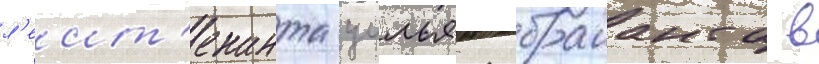
л'еит'енанта уильяма браианта в